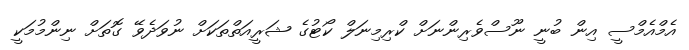
އެމްއެމްސީ އިން ބުނީ ނޫސްވެރިންނަށް ކްރިމިނަލް ކޯޓުގެ ޝަރީއަތްތަކަށް ނުވަދެވޭ ގޮތަށް ނިންމުމަކީ